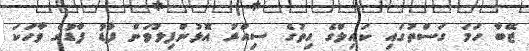
ޒޭބާ ހަމަ ގަސްތުގައި ކައިލްގެ ހިތުގެ ސިއްރު އޮޅުންފިލުވަން ފާޑު ފާޑުގެ ވާހަކަ